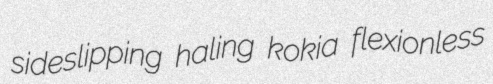
sideslipping haling kokia flexionless